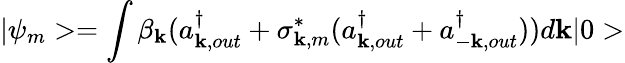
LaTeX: |\psi_{m}>=\int\beta_{\mathbf{k}}(a_{\mathbf{k},out}^{\dagger}+\sigma_{\mathbf{k},m}^{*}(a_{\mathbf{k},out}^{\dagger}+a_{-\mathbf{k},out}^{\dagger}))d\mathbf{k}|0>